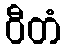
ဝီတံ